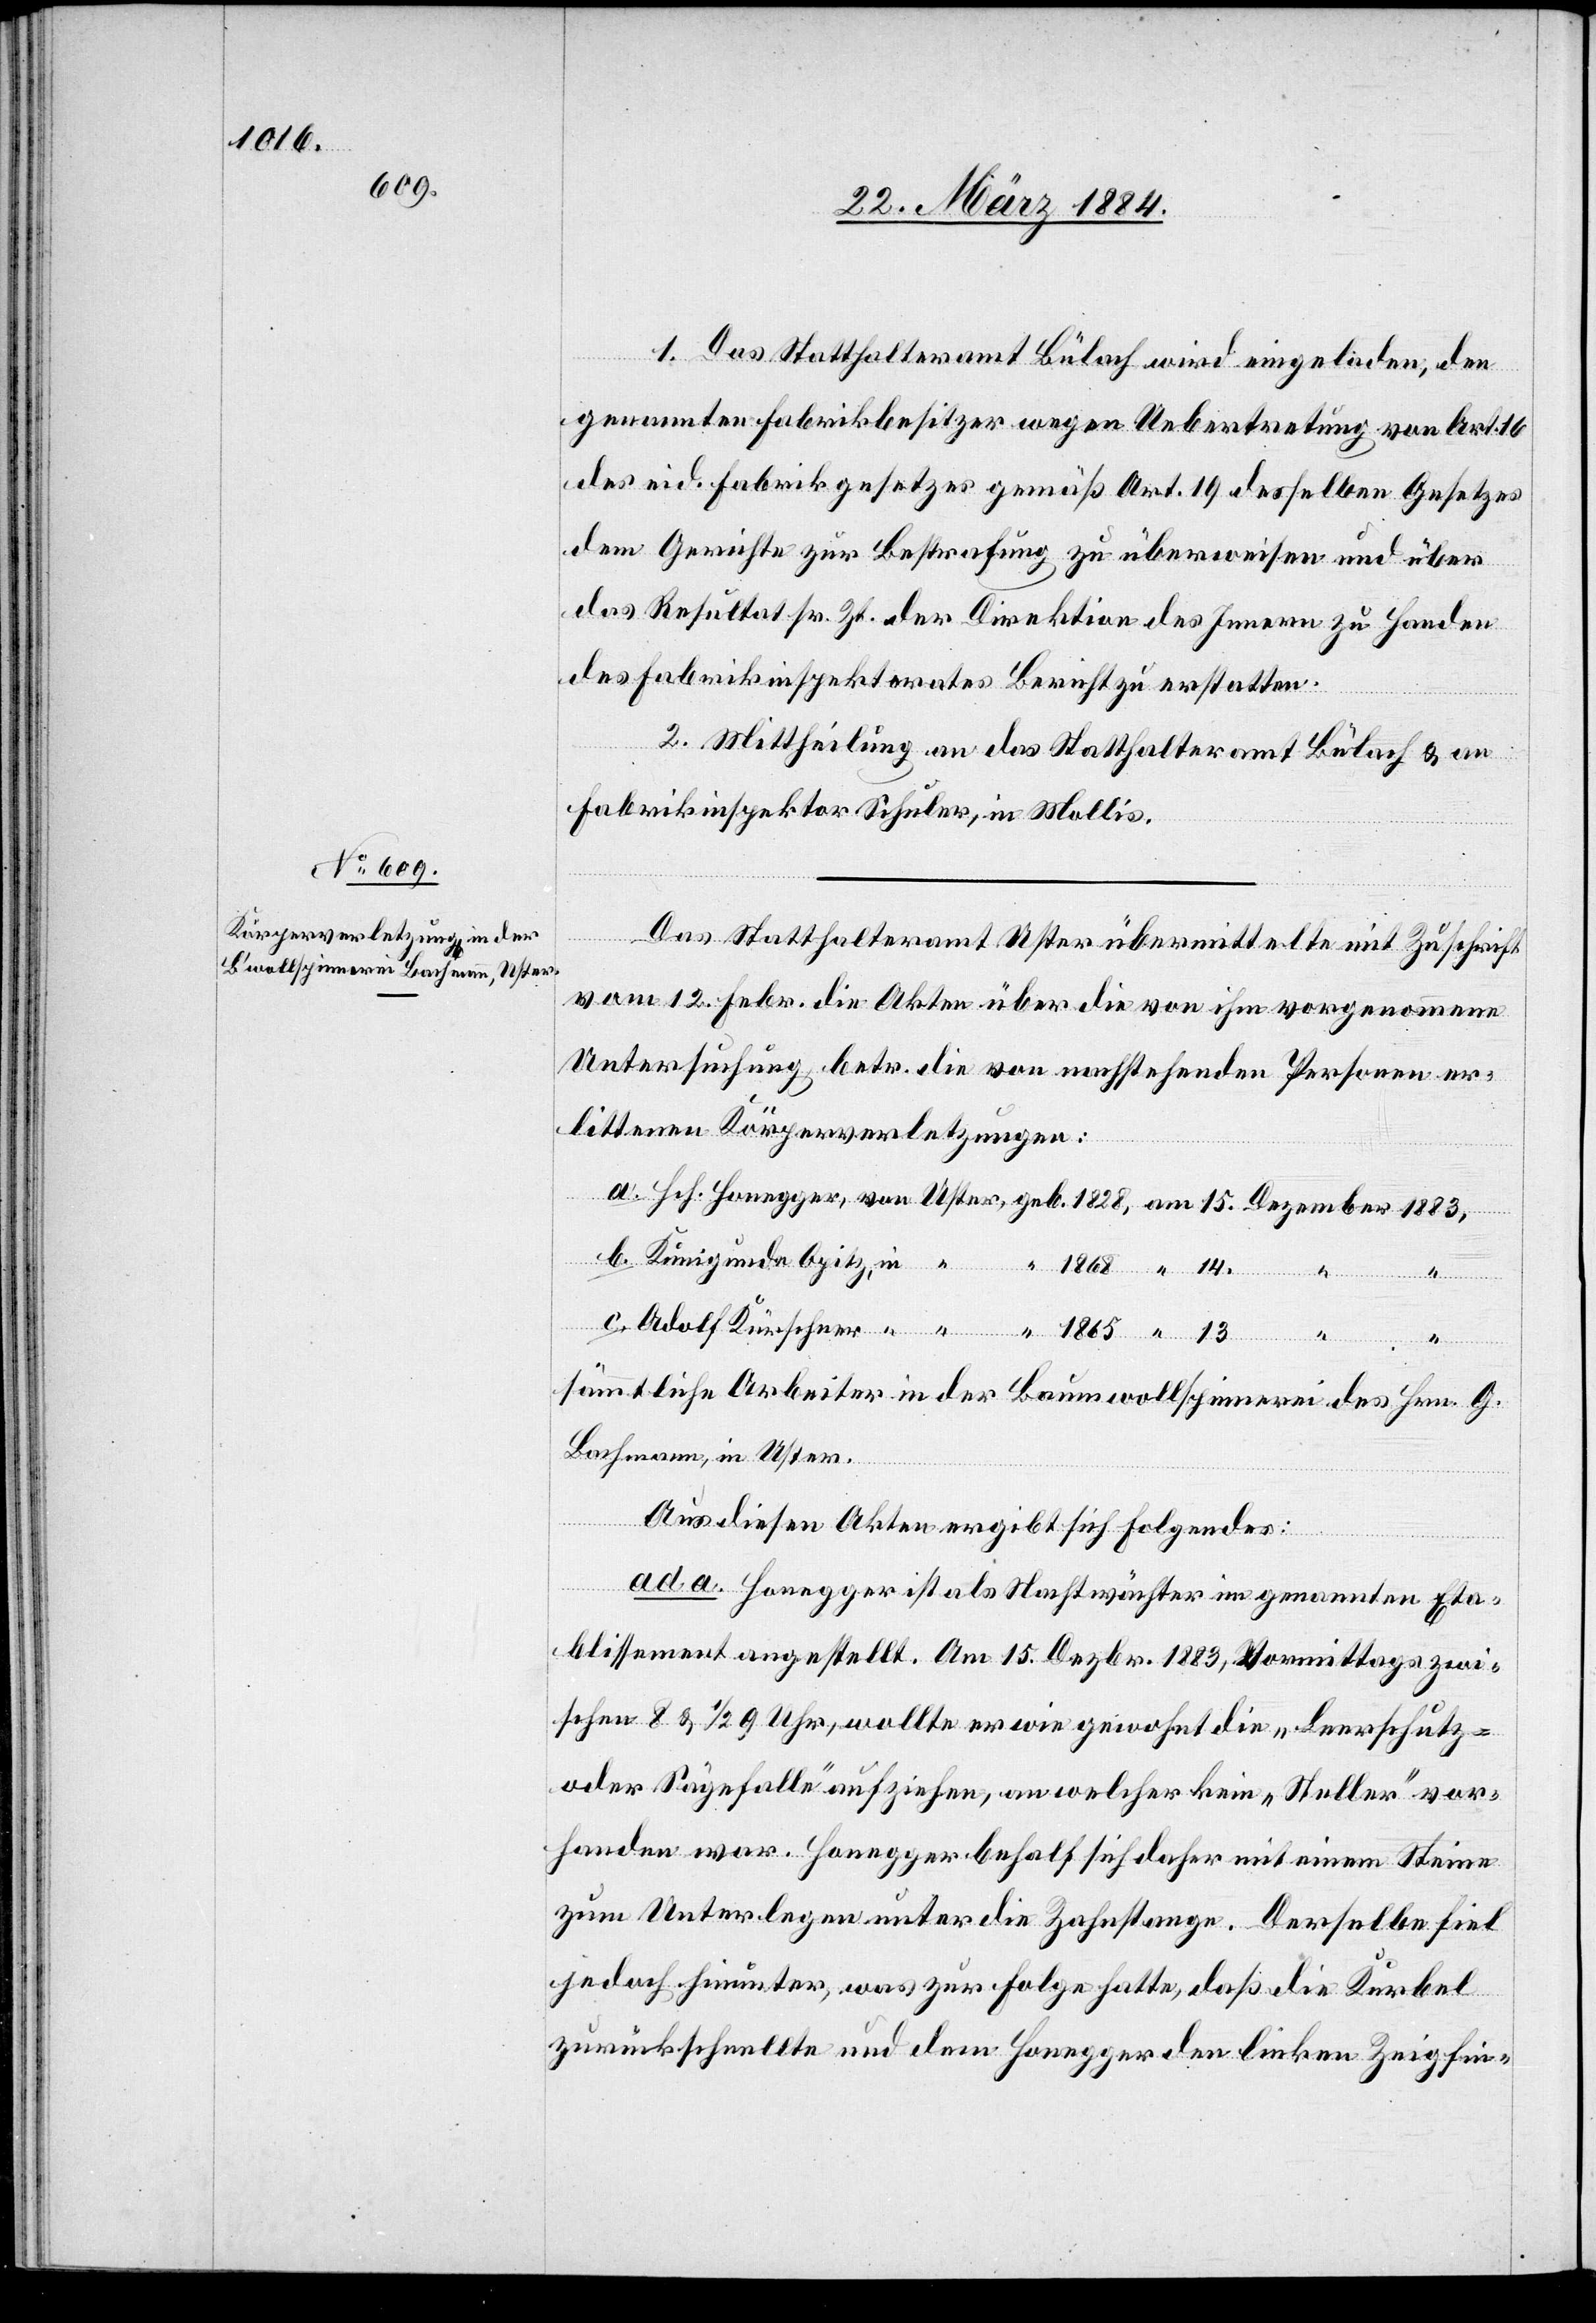
14.

1. Das Statthalteramt Bülach wird eingeladen, den
genannten Fabrikbesitzer wegen Uebertretung, von Art.
des eid. Fabrikgesetzes gemäß Art. 19, desselben Gesetzes
dem Gerichte zur Bestrafung zu überweisen und über
das Resultat sr. Zt. der Direktion des Innern zu Handen
des Fabrikinspektorates Bericht zu erstatten.
2. Mittheilung an das Statthalteramt Bülach & an
Fabrikinspektor Schuler, in Mollis.
Das Statthalteramt Uster übermittelte mit Zuschrift
vom 12. Febr. die Akten über die von ihm vorgenommene
Untersuchung betr. die von nachstehenden Personen er¬
littenen Körperverletzungen:
b. Kunigunde, Opitz, in
13.
sämmtliche Arbeiter in der Baumwollspinnerei des Hrn. G.
Bachmann, in Uster.
Kürschner
Aus diesen Akten ergibt sich Folgendes:
“
“
ad a. Honegger ist als Nachtwächter in genanntem Eta¬
blissement angestellt. Am 15. Dezbr. 1883, Vormittags zwi¬
schen 8 1/2 & 9 Uhr, wollte er wie gewohnt die „Leerschutz-
oder Sägefalle“ aufziehen, an welcher kein „Steller“ vor¬
handen war. Honegger behalf sich daher mit einem Steine
zum Unterlegen unter die Zahnstange. Derselbe fiel
jedoch hinunter, was zur Folge hatte, daß die Kurbel
zurückschnellte und den Honegger den linken Zeigefin-